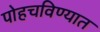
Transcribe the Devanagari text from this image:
पोहचविण्यात